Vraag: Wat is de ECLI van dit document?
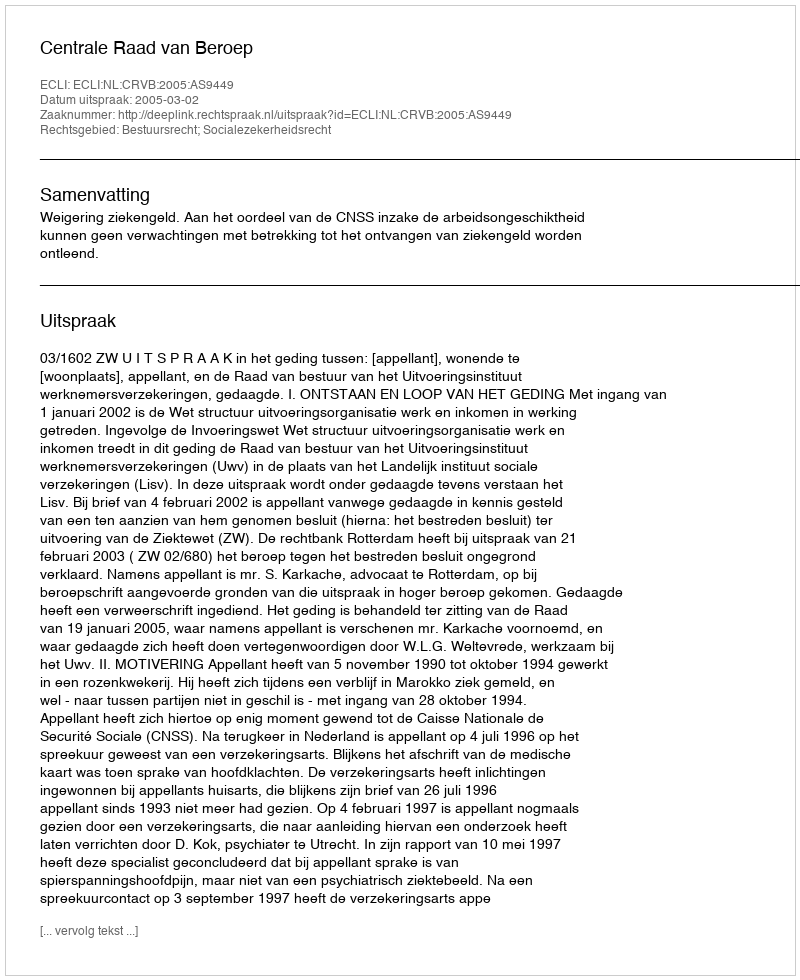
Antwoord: ECLI:NL:CRVB:2005:AS9449